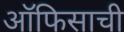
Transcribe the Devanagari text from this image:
ऑफिसाची